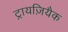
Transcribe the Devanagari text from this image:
ट्रायज़ियैक